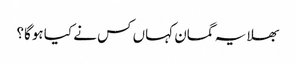
بھلا یہ گمان کہاں کس نے کیا ہوگا؟